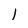
Character: 1